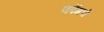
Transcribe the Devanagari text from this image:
काँगचे